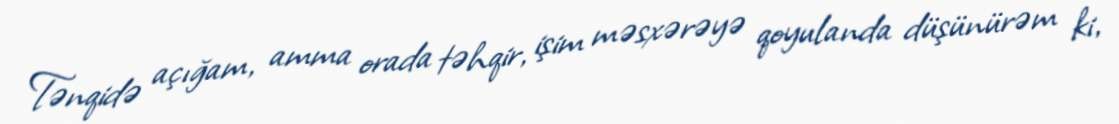
Tənqidə açığam, amma orada təhqir, işim məsxərəyə qoyulanda düşünürəm ki,